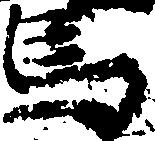
馬